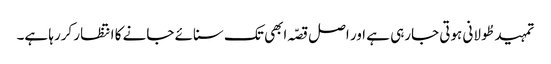
تمہید طُولانی ہوتی جارہی ہے اور اصل قصّہ ابھی تک سنائے جانے کا انتظار کررہا ہے۔